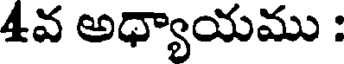
4వ అధ్యాయము :